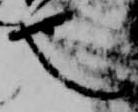
也